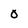
Character: O